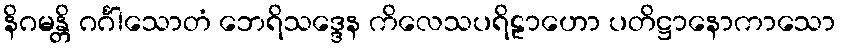
နိဂမန္တိ ဂင်္ဂါသောတံ ဘေရိသဒ္ဒေန ကိလေသပရိဠာဟော ပတိဋ္ဌာနောကာသော